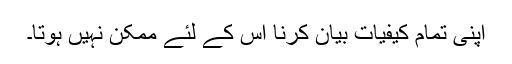
اپنی تمام کیفیات بیان کرنا اس کے لئے ممکن نہیں ہوتا۔